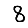
Digit: 8